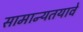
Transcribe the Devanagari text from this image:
सामान्यतयावे